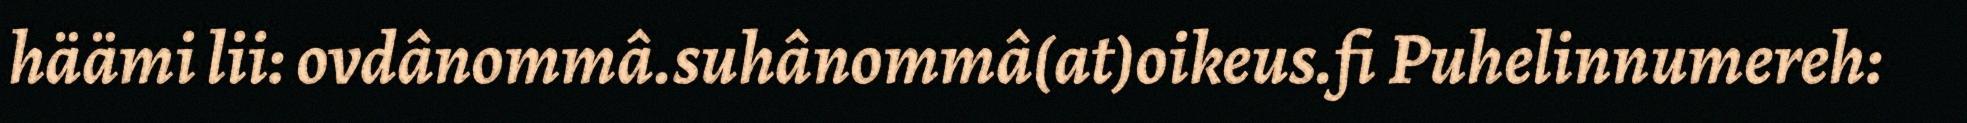
häämi lii: ovdânommâ.suhânommâ(at)oikeus.fi Puhelinnumereh: